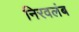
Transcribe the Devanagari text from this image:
निरवलंब